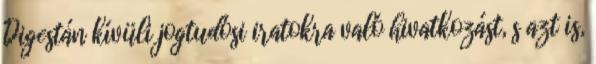
Digestán kívüli jogtudósi iratokra való hivatkozást, s azt is,